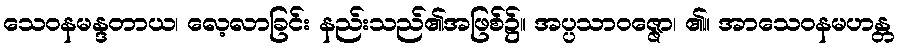
သေဝနမန္ဒတာယ၊ လေ့လာခြင်း နည်းသည်၏အဖြစ်၌။ အပ္ပသာဝဇ္ဇော၊ ၏။ အာသေဝနမဟန္တ